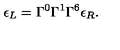
\epsilon _ { L } = \Gamma ^ { 0 } \Gamma ^ { 1 } \Gamma ^ { 6 } \epsilon _ { R } .